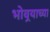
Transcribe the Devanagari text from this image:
भोवर्‍याच्या